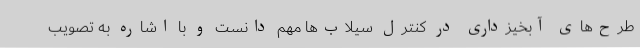
طرح‌های آبخیزداری در کنترل سیلاب‌ها مهم دانست و با اشاره به تصویب